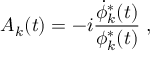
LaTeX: A _ { k } ( t ) = - i \frac { \dot { \phi } _ { k } ^ { * } ( t ) } { \phi _ { k } ^ { * } ( t ) } \; ,